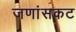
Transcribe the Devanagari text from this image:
जणांसकट